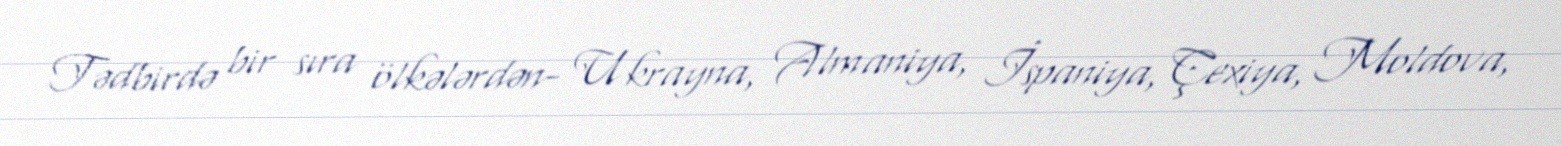
Tədbirdə bir sıra ölkələrdən- Ukrayna, Almaniya, İspaniya, Çexiya, Moldova,